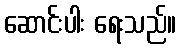
ဆောင်းပါး ရေးသည်။